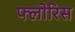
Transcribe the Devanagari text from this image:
फ्लोरिस